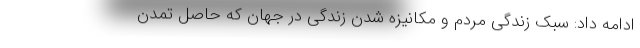
ادامه داد: سبک زندگی مردم و مکانیزه شدن زندگی در جهان که حاصل تمدن